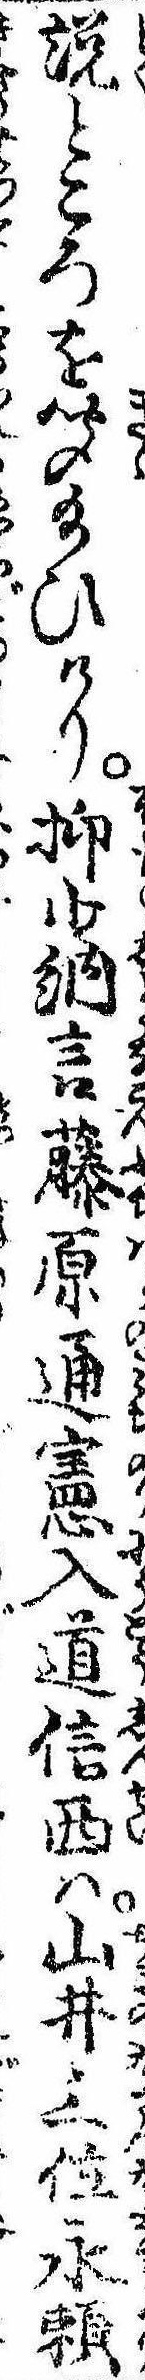
説ところを聞給ひけり抑少納言藤原通憲入道信西は山井三位永頼